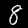
Label: 8